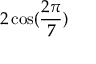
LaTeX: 2 \cos ( { \frac { 2 \pi } { 7 } } )